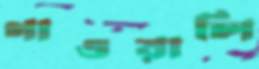
গাওয়ালি